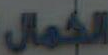
الكمال